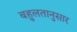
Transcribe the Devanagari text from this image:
बहुलतानुसार